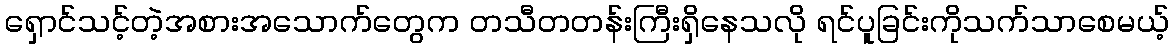
ရှောင်သင့်တဲ့အစားအသောက်တွေက တသီတတန်းကြီးရှိနေသလို ရင်ပူခြင်းကိုသက်သာစေမယ့်